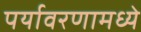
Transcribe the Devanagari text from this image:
पर्यावरणामध्ये